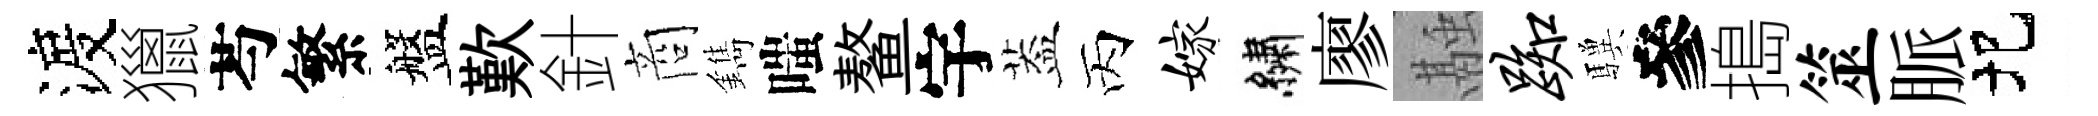
渡獵芍繁盤歎針商鐫嗤鳌宇葢丙嫁繡廖融踟驥參搗筮脈圯